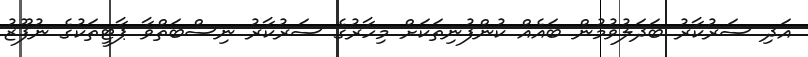
އަދި ސަރުކާރު ބަދަލުވުމުން ބައެއް ކުންފުނިތަކަށް މިހާރުގެ ސަރުކާރު ނިސްބަތްވާ ޕާޓީތަކުގެ ނުފޫޒު